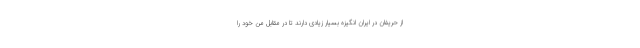
از حریفان در ایران انگیزه بسیار زیادی دارند تا در مقابل من خود را